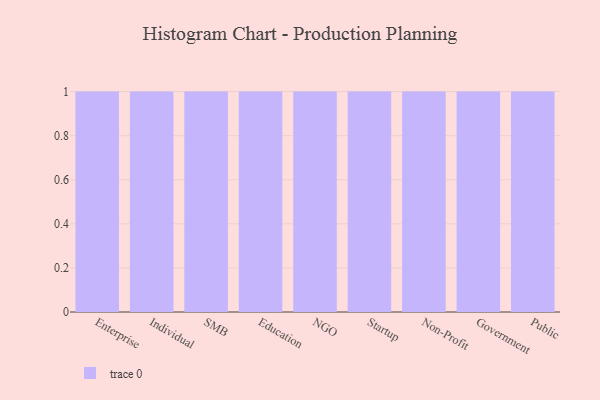
{"axis": {"x": "Segment", "y": "Backlog"}, "legend": [""], "data": [{"x": "Enterprise", "y": 24, "type": ""}, {"x": "Individual", "y": 39, "type": ""}, {"x": "SMB", "y": 62, "type": ""}, {"x": "Education", "y": 66, "type": ""}, {"x": "NGO", "y": 98, "type": ""}, {"x": "Startup", "y": 56, "type": ""}, {"x": "Non-Profit", "y": 79, "type": ""}, {"x": "Government", "y": 88, "type": ""}, {"x": "Public", "y": 24, "type": ""}]}